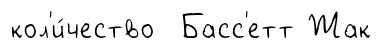
кол'и́чество Басс'етт Жак